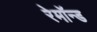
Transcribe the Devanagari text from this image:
रेमॉन्ड